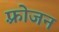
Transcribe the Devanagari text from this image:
फ़्रोजन